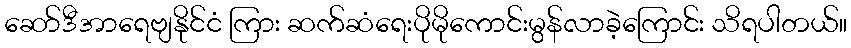
ဆော်ဒီအာရေဗျနိုင်ငံ ကြား ဆက်ဆံရေးပိုမိုကောင်းမွန်လာခဲ့ကြောင်း သိရပါတယ်။